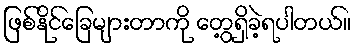
ဖြစ်နိုင်ခြေများတာကို တွေ့ရှိခဲ့ရပါတယ်။